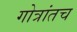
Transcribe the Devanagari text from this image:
गोत्रांतच